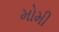
મોમી